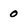
Character: 0